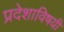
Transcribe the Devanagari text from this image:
प्रदेशाविषयी